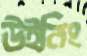
উইনিং